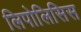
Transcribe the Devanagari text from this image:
लिपोलिसिस